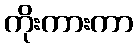
ကိုးကားကာ